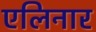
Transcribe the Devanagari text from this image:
एलिनार